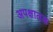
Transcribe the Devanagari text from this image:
अपक्षालक